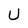
Character: U